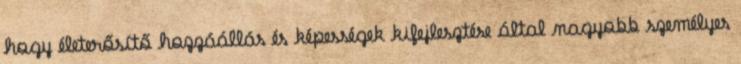
hogy életerősítő hozzáállás és képességek kifejlesztése által nagyobb személyes